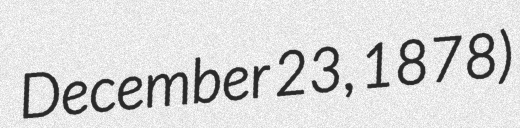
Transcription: December 23, 1878)